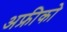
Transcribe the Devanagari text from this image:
अफ्रीको